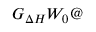
G _ { \Delta H } W _ { 0 } @